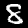
Label: 8